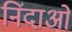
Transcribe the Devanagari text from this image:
निंदाओं